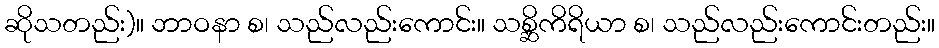
ဆိုသတည်း)။ ဘာဝနာ စ၊ သည်လည်းကောင်း။ သစ္ဆိကိရိယာ စ၊ သည်လည်းကောင်းတည်း။